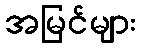
အမြင်များ